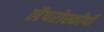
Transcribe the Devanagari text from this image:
लैपरोस्कोपी